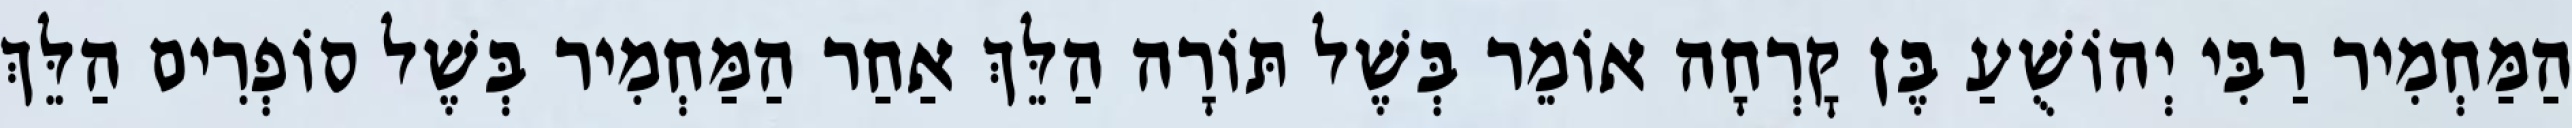
הַמַּחְמִיר רַבִּי יְהוֹשֻׁעַ בֶּן קׇרְחָה אוֹמֵר בְּשֶׁל תּוֹרָה הַלֵּךְ אַחַר הַמַּחְמִיר בְּשֶׁל סוֹפְרִים הַלֵּךְ